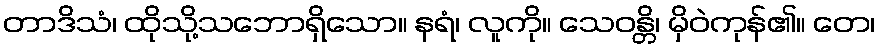
တာဒိသံ၊ ထိုသို့သဘောရှိသော။ နရံ၊ လူကို။ သေဝန္တိ၊ မှိဝဲကုန်၏။ တေ၊